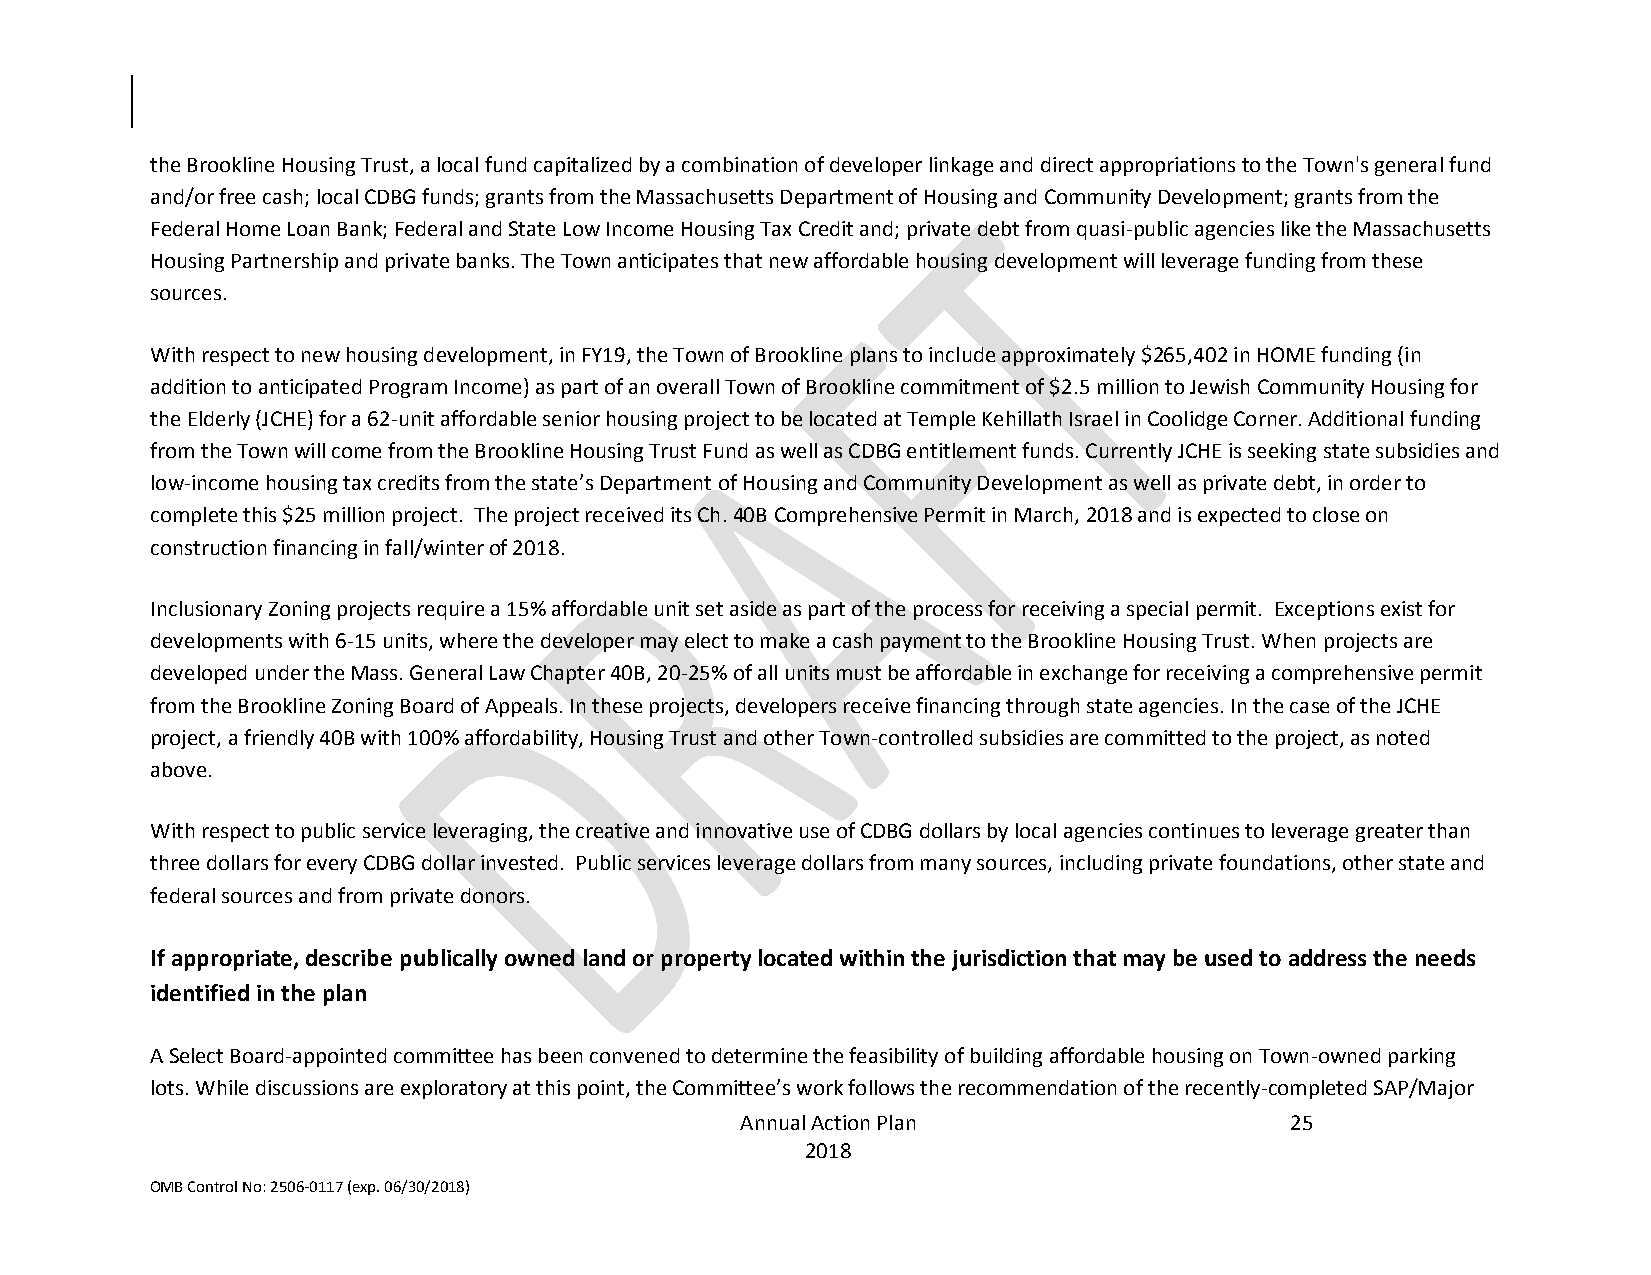
the Brookline Housing Trust, a local fund capitalized by a combination of developer linkage and direct appropriations to the Town's general fund
 and/or free cash; local CDBG funds; grants from the Massachusetts Department of Housing and Community Development; grants from the
 Federal Home Loan Bank; Federal and State Low Income Housing Tax Credit and; private debt from quasi-public agencies like the Massachusetts
 Housing Partnership and private banks. The Town anticipates that new affordable housing development will leverage funding from these
 sources.
 With respect to new housing development, in FY19, the Town of Brookline plans to include approximately $265,402 in HOME funding (in
 addition to anticipated Program Income) as part of an overall Town of Brookline commitment of $2.5 million to Jewish Community Housing for
 the Elderly (JCHE) for a 62-unit affordable senior housing project to be located at Temple Kehillath Israel in Coolidge Corner. Additional funding
 from the Town will come from the Brookline Housing Trust Fund as well as CDBG entitlement funds. Currently JCHE is seeking state subsidies and
 low-income housing tax credits from the state’s Department of Housing and Community Development as well as private debt, in order to
 complete this $25 million project. The project received its Ch. 40B Comprehensive Permit in March, 2018 and is expected to close on
 construction financing in fall/winter of 2018.
 Inclusionary Zoning projects require a 15% affordable unit set aside as part of the process for receiving a special permit. Exceptions exist for
 developments with 6-15 units, where the developer may elect to make a cash payment to the Brookline Housing Trust. When projects are
 developed under the Mass. General Law Chapter 40B, 20-25% of all units must be affordable in exchange for receiving a comprehensive permit
 from the Brookline Zoning Board of Appeals. In these projects, developers receive financing through state agencies. In the case of the JCHE
 project, a friendly 40B with 100% affordability, Housing Trust and other Town-controlled subsidies are committed to the project, as noted
 above.
 With respect to public service leveraging, the creative and innovative use of CDBG dollars by local agencies continues to leverage greater than
 three dollars for every CDBG dollar invested. Public services leverage dollars from many sources, including private foundations, other state and
 federal sources and from private donors.
 If appropriate, describe publically owned land or property located within the jurisdiction that may be used to address the needs
 identified in the plan
 A Select Board-appointed committee has been convened to determine the feasibility of building affordable housing on Town-owned parking
 lots. While discussions are exploratory at this point, the Committee’s work follows the recommendation of the recently-completed SAP/Major
 Annual Action Plan                  25
 2018
 OMB Control No: 2506-0117 (exp. 06/30/2018)